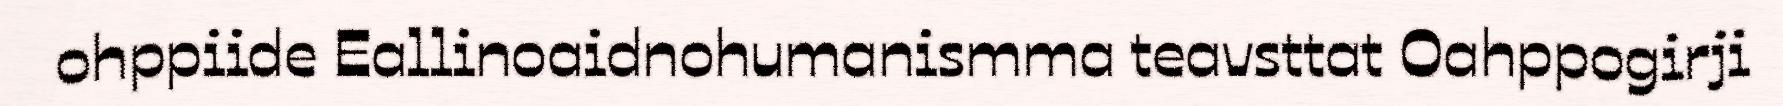
ohppiide Eallinoaidnohumanismma teavsttat Oahppogirji